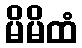
မိမိထံ